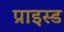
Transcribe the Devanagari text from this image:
प्राइस्ड